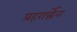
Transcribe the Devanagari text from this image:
प्रहरार्द्धेन